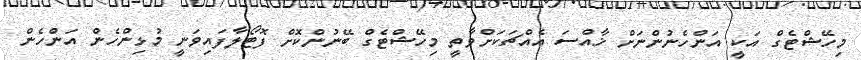
މިހޭޝްޓެގް އަކީ އަންހެނުންނަށް ޚާއްސަ އެއްޗަކަށްވާތީ މިހޭޝްޓެގް ބޭނުންކޮށް ފޮޓޯލާފައިވަނީ މުޅިންހެން އަންހެން